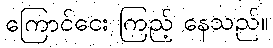
ကြောင်ငေး ကြည့် နေသည်။